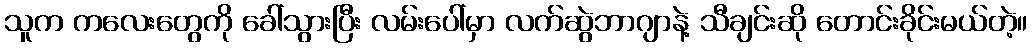
သူက ကလေးတွေကို ခေါ်သွားပြီး လမ်းပေါ်မှာ လက်ဆွဲဘာဂျာနဲ့ သီချင်းဆို တောင်းခိုင်းမယ်တဲ့။